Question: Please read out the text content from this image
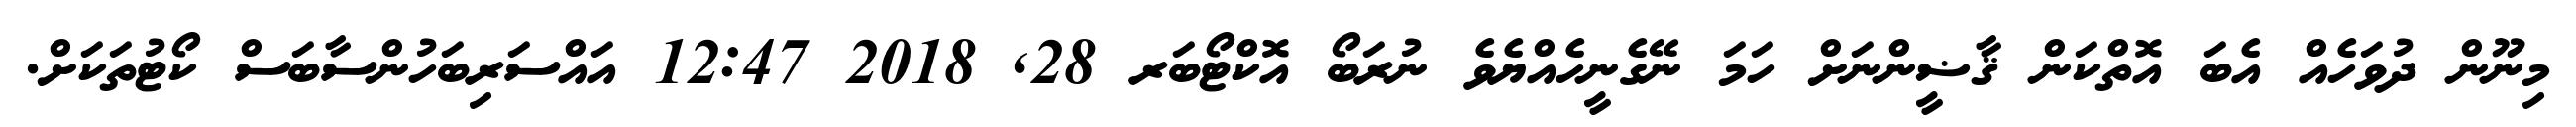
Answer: މިނޫން ދުވަހެއް އެބަ އޮތްކަން ޤާޟީންނަށް ހަމަ ނޭގެނީހެއްޔެވެ ނުރަބޯ އޮކްޓޯބަރ 28, 2018 12:47 އައްސަރިބަހުންސާބަސް ކޯޓުތަކަށް.